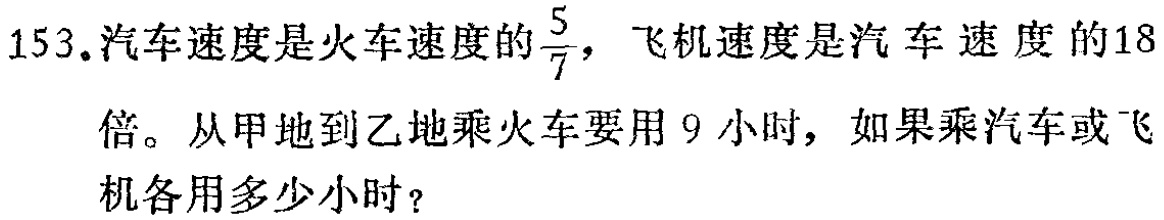
153.汽车速度是火车速度的$\frac{5}{7}$，飞机速度是汽车速度的18倍。从甲地到乙地乘火车要用9小时，如果乘汽车或飞机各用多少小时？